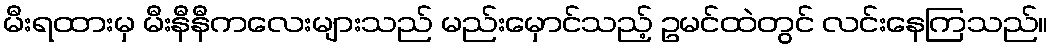
မီးရထားမှ မီးနီနီကလေးများသည် မည်းမှောင်သည့် ဥမင်ထဲတွင် လင်းနေကြသည်။